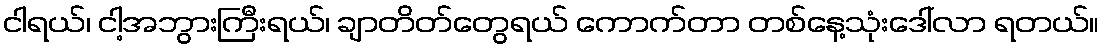
ငါရယ်၊ ငါ့အဘွားကြီးရယ်၊ ချာတိတ်တွေရယ် ကောက်တာ တစ်နေ့သုံးဒေါ်လာ ရတယ်။